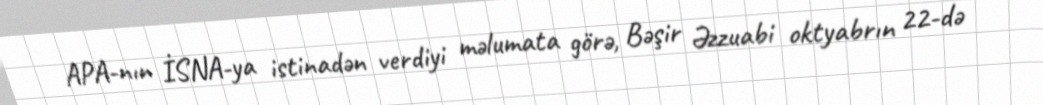
APA-nın İSNA-ya istinadən verdiyi məlumata görə, Bəşir Əzzuabi oktyabrın 22-də